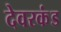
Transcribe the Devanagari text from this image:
देवरकंंड